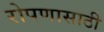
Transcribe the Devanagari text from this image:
रोपणासाठी